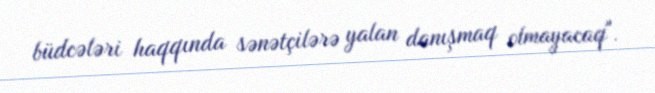
büdcələri haqqında sənətçilərə yalan danışmaq olmayacaq".